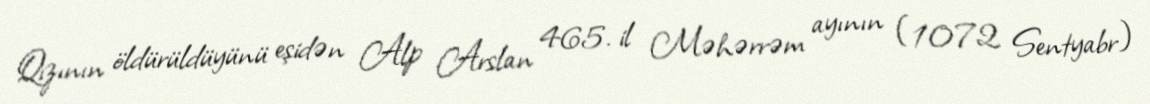
Qızının öldürüldüyünü eşidən Alp Arslan 465. il Məhərrəm ayının (1072 Sentyabr)